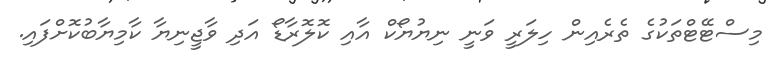
މިސްޓޭޓްތަކުގެ ތެރެއިން ހިލަރީ ވަނީ ނިޔުޔޯކް އާއި ކޮލޮރާޑޯ އަދި ވާޖީނިޔާ ކާމިޔާބުކޮށްފައި.